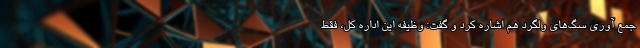
جمع آوری سگ‌های ولگرد هم اشاره کرد و گفت: وظیفه این اداره کل، فقط